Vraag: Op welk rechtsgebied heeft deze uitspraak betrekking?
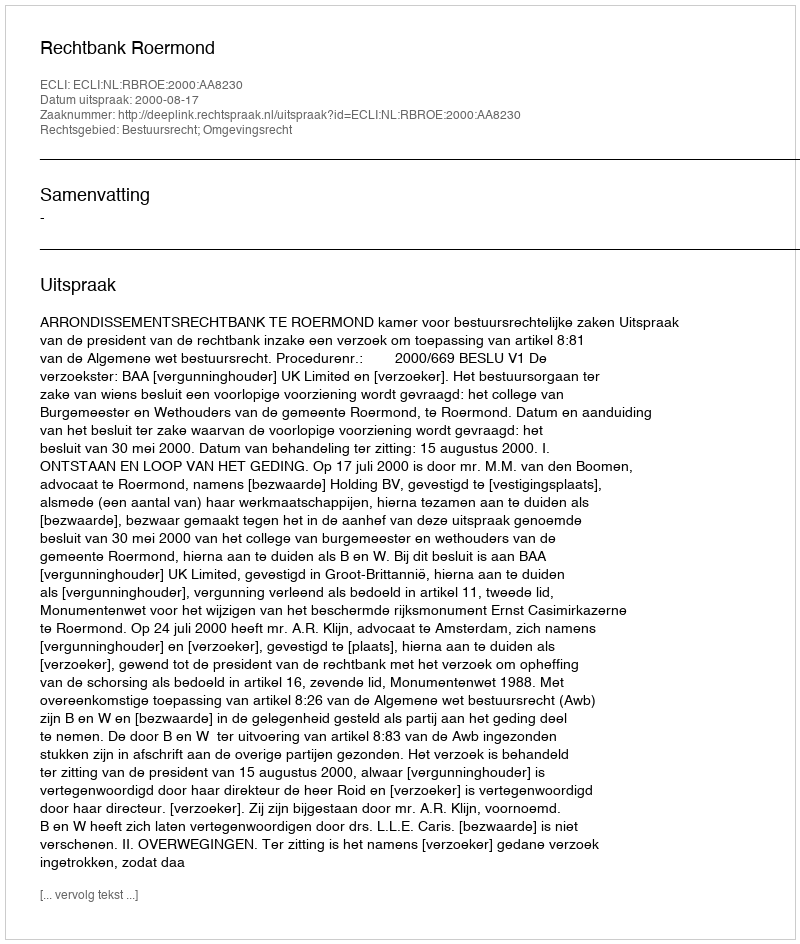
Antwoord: Bestuursrecht; Omgevingsrecht